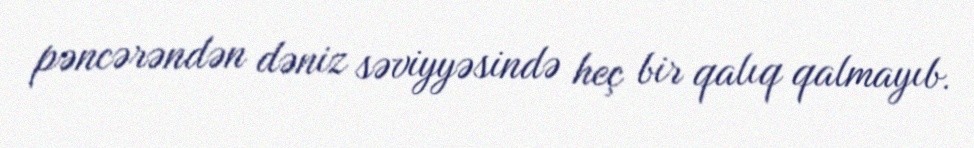
pəncərəndən dəniz səviyyəsində heç bir qalıq qalmayıb.